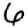
Digit: 6